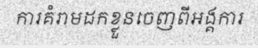
ការគំរាមដកខ្លួនចេញពីអង្គការ